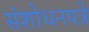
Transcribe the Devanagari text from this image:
संशोधनपत्रे